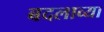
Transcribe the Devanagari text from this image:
बदलाव्या